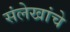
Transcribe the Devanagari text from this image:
संलेखांचे